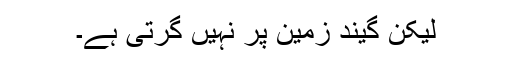
لیکن گیند زمین پر نہیں گرتی ہے۔